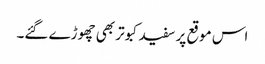
اس موقع پر سفید کبوتر بھی چھوڑے گئے۔